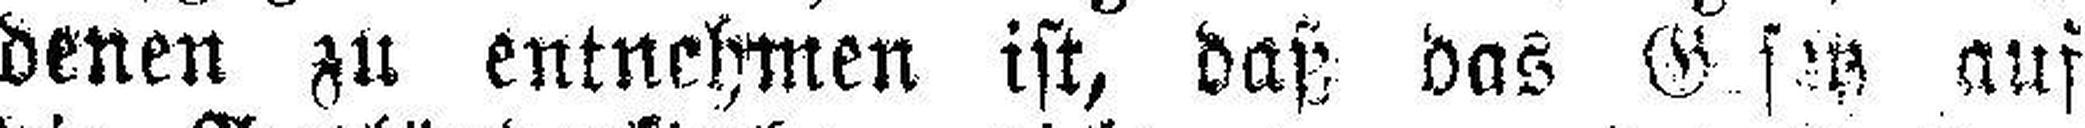
denen zu entnehmen ist, daß das Gesetz auf